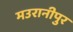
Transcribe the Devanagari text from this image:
मउरानीपुर